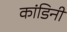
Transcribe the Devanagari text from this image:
कांडिनी